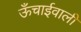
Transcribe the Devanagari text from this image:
ऊँचाईवाली